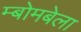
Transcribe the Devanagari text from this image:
म्बोमबेला